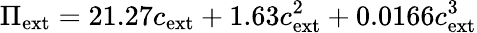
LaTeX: \Pi_{\mathrm{ext}}=21.27c_{\mathrm{ext}}+1.63c_{\mathrm{ext}}^{2}+0.0166c_{\mathrm{ext}}^{3}